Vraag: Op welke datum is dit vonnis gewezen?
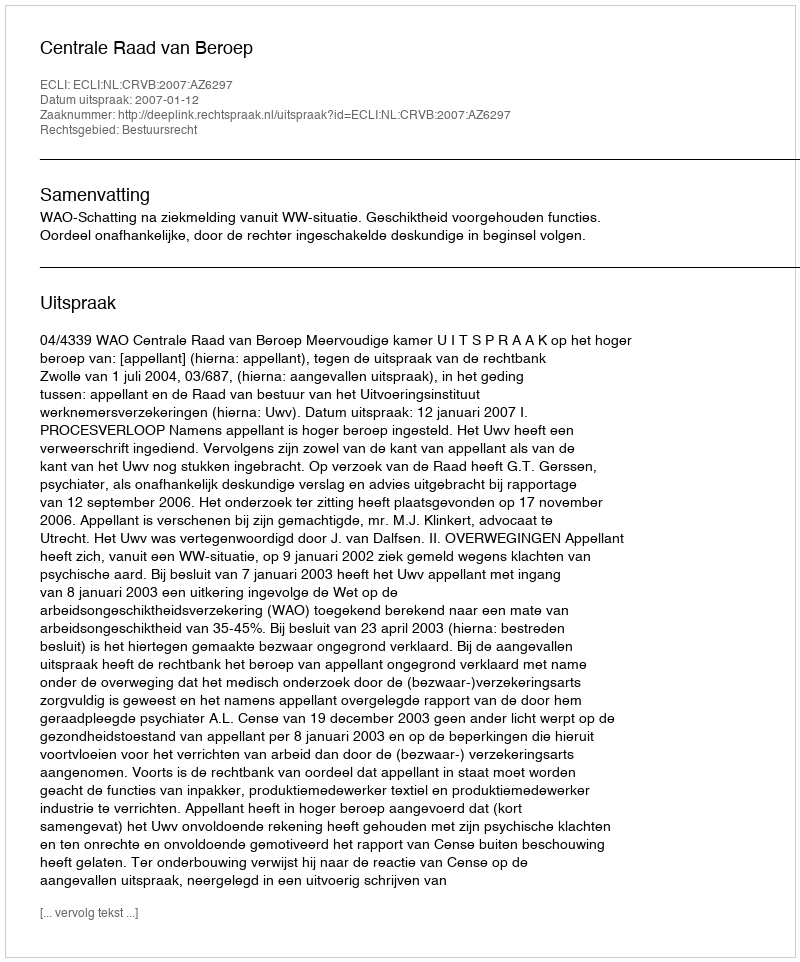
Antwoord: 2007-01-12